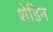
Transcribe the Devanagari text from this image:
शेडिन